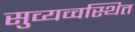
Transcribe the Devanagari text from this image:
सुव्यव्वस्थित